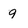
Character: 9